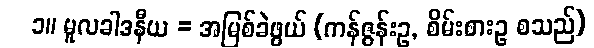
၁။ မူလခါဒနီယ = အမြစ်ခဲဖွယ် (ကန်ဇွန်းဥ, စိမ်းစားဥ စသည်)